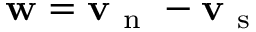
\ensuremath { \mathbf { w } } = \ensuremath { \mathbf { v } _ { \mathrm { ~ n ~ } } } - \ensuremath { \mathbf { v } _ { \mathrm { ~ s ~ } } }